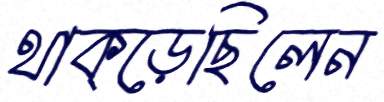
থাক্‌ড়েছিলেন